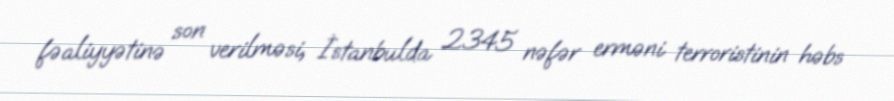
fəaliyyətinə son verilməsi, İstanbulda 2345 nəfər erməni terroristinin həbs